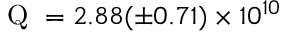
\mathrm { ~ Q ~ } = 2 . 8 8 ( \pm 0 . 7 1 ) \times 1 0 ^ { 1 0 }